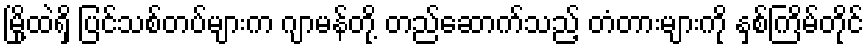
မြို့ထဲရှိ ပြင်သစ်တပ်များက ဂျာမန်တို့ တည်ဆောက်သည့် တံတားများကို နှစ်ကြိမ်တိုင်